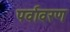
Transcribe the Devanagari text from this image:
पर्वावरण